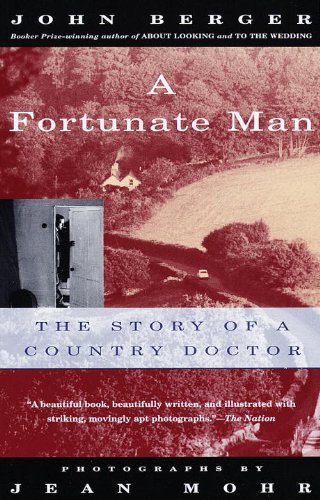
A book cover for A Fortunate Man: The Story of a Country Doctor; John Berger; Medical Books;